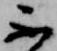
不